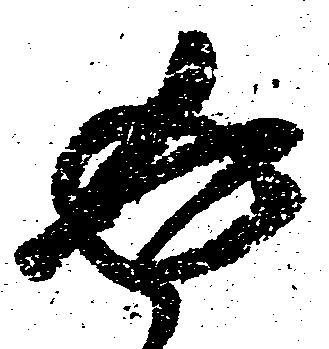
返